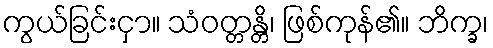
ကွယ်ခြင်းငှာ။ သံဝတ္တန္တိ၊ ဖြစ်ကုန်၏။ ဘိက္ခ၊